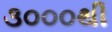
૩૦૦૦થી